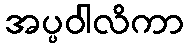
အပ္ပဝါလိကာ